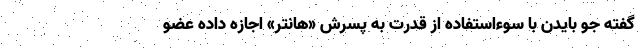
گفته جو بایدن با سوءاستفاده از قدرت به پسرش «هانتر» اجازه داده عضو